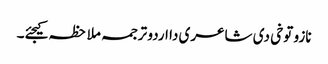
نازو توخی د‏‏ی شاعری دا اردو ترجمہ ملاحظہ کیجئے۔